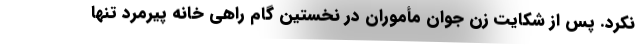
نکرد. پس از شکایت زن جوان مأموران در نخستین گام راهی خانه پیرمرد تنها